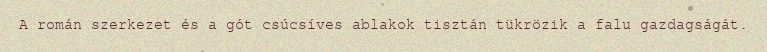
A román szerkezet és a gót csúcsíves ablakok tisztán tükrözik a falu gazdagságát.